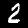
Label: 2